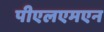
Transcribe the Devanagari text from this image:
पीएलएमएन